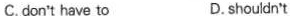
C. don't have to D. shouldn't